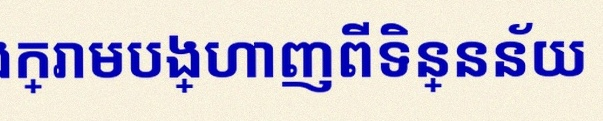
តារាងខាងក្រោមបង្ហាញពីទិន្នន័យ